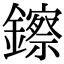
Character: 鑔